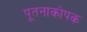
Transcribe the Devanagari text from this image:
पूतनाकोपक